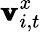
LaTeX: \pmb{\mathbf{v}}_{i,t}^{x}